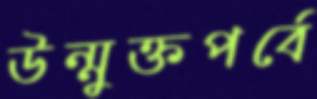
উন্মুক্তপর্বে